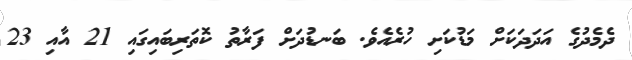
ދެމެދުގެ އަދަދަކަށް މަޑުކަށި ހުރެއެވެ. ބަނޑުދަށް ފަރާތު ކޮތަރިބައިގައި 21 އާއި 23